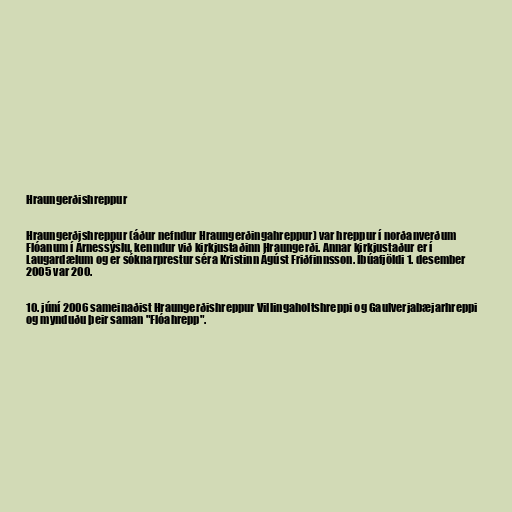
Hraungerðishreppur

Hraungerðishreppur (áður nefndur Hraungerðingahreppur) var hreppur í norðanverðum
Flóanum í Árnessýslu, kenndur við kirkjustaðinn Hraungerði. Annar kirkjustaður er í
Laugardælum og er sóknarprestur séra Kristinn Ágúst Friðfinnsson. Íbúafjöldi 1. desember
2005 var 200.

10. júní 2006 sameinaðist Hraungerðishreppur Villingaholtshreppi og Gaulverjabæjarhreppi
og mynduðu þeir saman "Flóahrepp".